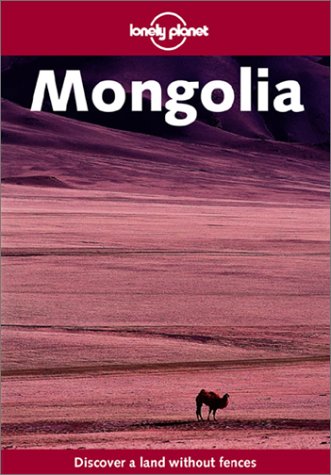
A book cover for Lonely Planet Mongolia; Bradley Mayhew; Travel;